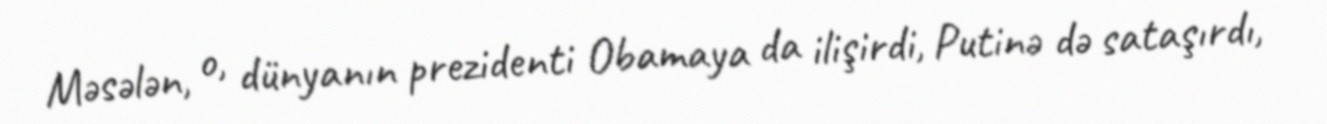
Məsələn, o, dünyanın prezidenti Obamaya da ilişirdi, Putinə də sataşırdı,